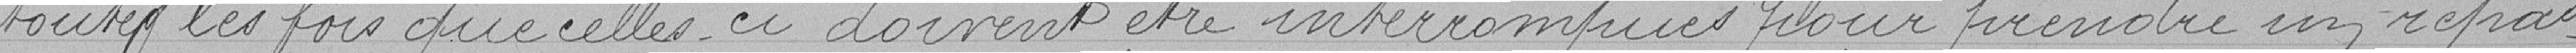
toutes les fois que celles-ci doivent être interrompues pour prendre un repas